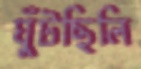
ঘুঁটছিলি